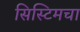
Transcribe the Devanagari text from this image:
सिस्टिमचा